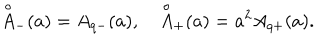
LaTeX: { \mathop { A } ^ { \circ } } _ { - } ( a ) = A _ { q - } ( a ) , \quad { \mathop { A } ^ { \circ } } _ { + } ( a ) = a ^ { 2 } A _ { q + } ( a ) .